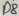
Text: D8